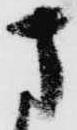
さ